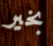
بخير